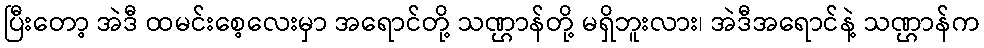
ပြီးတော့ အဲဒီ ထမင်းစေ့လေးမှာ အရောင်တို့ သဏ္ဌာန်တို့ မရှိဘူးလား၊ အဲဒီအရောင်နဲ့ သဏ္ဌာန်က